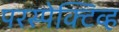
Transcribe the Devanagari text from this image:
परस्पेक्टिव्ह